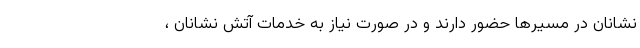
نشانان در مسیرها حضور دارند و در صورت نیاز به خدمات آتش نشانان ،